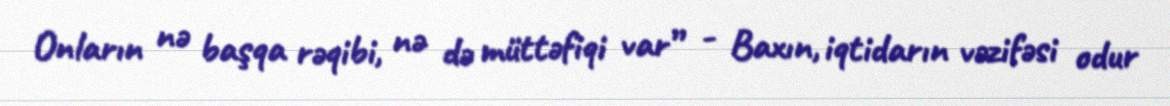
Onların nə başqa rəqibi, nə də müttəfiqi var” - Baxın, iqtidarın vəzifəsi odur